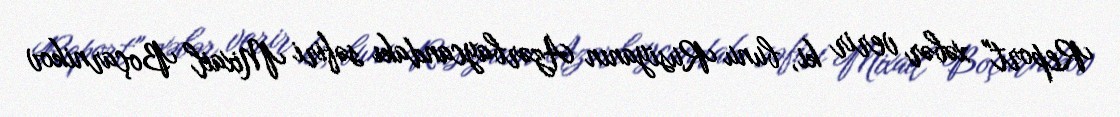
Report" xəbər verir ki, bunu Rusiyanın Azərbaycandakı səfiri Mixail Boçarnikov